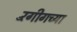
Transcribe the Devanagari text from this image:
रँगीगच्या